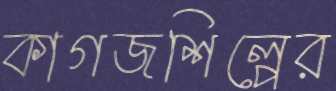
কাগজশিল্পের